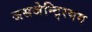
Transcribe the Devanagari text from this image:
जसजेन्टि्रयम